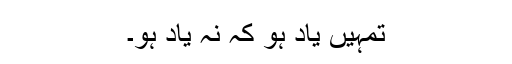
تمہیں یاد ہو کہ نہ یاد ہو۔